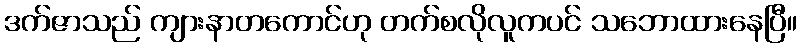
ဒက်ဇာသည် ကျားနာတကောင်ဟု တက်စလိုလူကပင် သဘောထားနေပြီ။